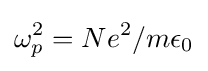
\omega _{p}^{2}=Ne^{2}/m\epsilon _{0}